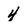
Character: 4